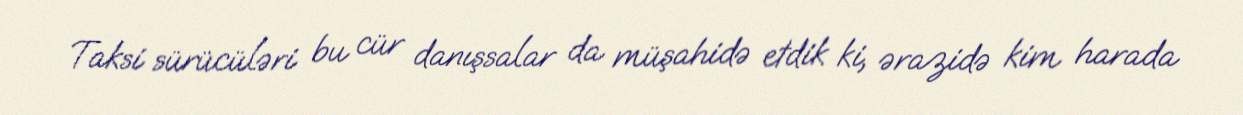
Taksi sürücüləri bu cür danışsalar da müşahidə etdik ki, ərazidə kim harada